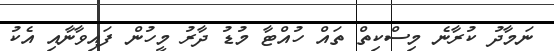
ނަމާދު ކުރާނެ މިސްކިތް ތައް ހުއްޓާ މުޑު ދާރު މީހުން ފައިވާނާއި އެކު